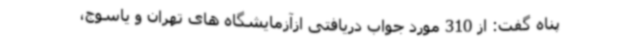
پناه گفت: از 310 مورد جواب دریافتی ازآزمایشگاه های تهران و یاسوج،